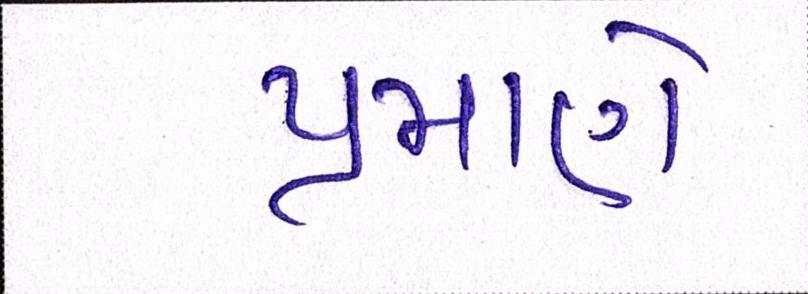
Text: પ્રમાણે